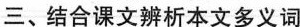
三、结合课文辨析本文多义词